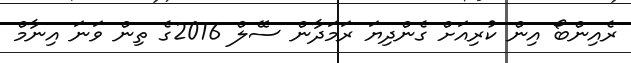
ރެއިންބޯ އިން ކުރިއަށް ގެންދިޔަ ރަމަދާން ސޭލް 2016ގެ ތިން ވަނަ އިނާމް